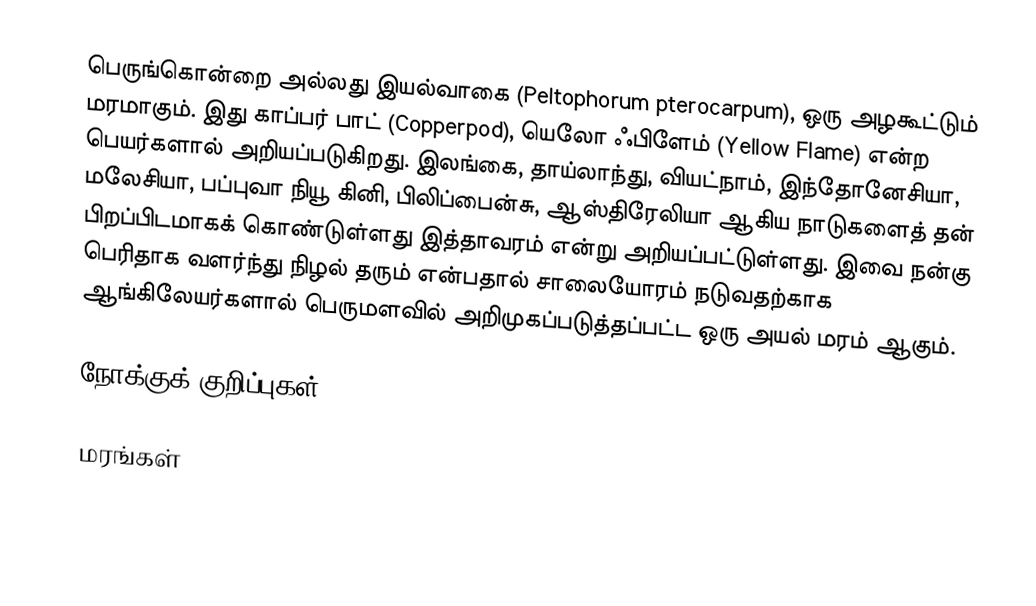
பெருங்கொன்றை அல்லது இயல்வாகை (Peltophorum pterocarpum), ஒரு அழகூட்டும் மரமாகும். இது காப்பர் பாட் (Copperpod), யெலோ ஃபிளேம் (Yellow Flame) என்ற பெயர்களால் அறியப்படுகிறது. இலங்கை, தாய்லாந்து, வியட்நாம், இந்தோனேசியா, மலேசியா, பப்புவா நியூ கினி, பிலிப்பைன்சு, ஆஸ்திரேலியா ஆகிய நாடுகளைத் தன் பிறப்பிடமாகக் கொண்டுள்ளது இத்தாவரம் என்று அறியப்பட்டுள்ளது. இவை நன்கு பெரிதாக வளர்ந்து நிழல் தரும் என்பதால் சாலையோரம் நடுவதற்காக ஆங்கிலேயர்களால் பெருமளவில் அறிமுகப்படுத்தப்பட்ட ஒரு அயல் மரம் ஆகும்.

நோக்குக் குறிப்புகள்

மரங்கள்